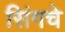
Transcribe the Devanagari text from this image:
सिंगचे